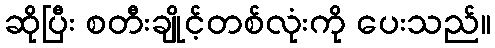
ဆိုပြီး စတီးချိုင့်တစ်လုံးကို ပေးသည်။